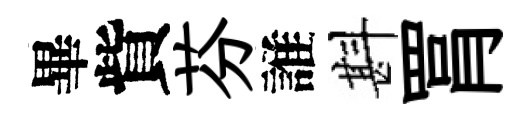
畢貲芬誰斟罥